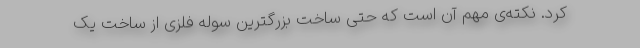
کرد. نکته‌ی مهم آن است که حتی ساخت بزرگترین سوله فلزی از ساخت یک